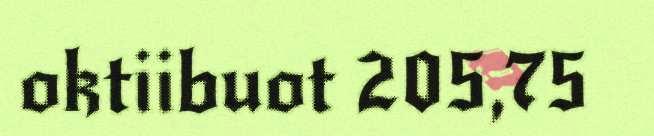
oktiibuot 205,75